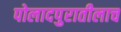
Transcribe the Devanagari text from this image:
पोलादपुरातीलाच